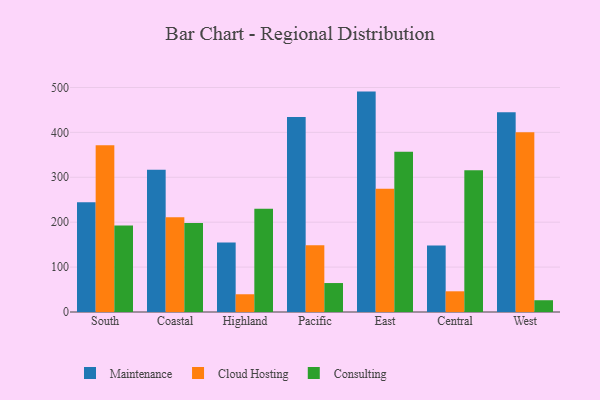
{"axis": {"x": "Region", "y": "Backlog"}, "legend": ["Cloud Hosting", "Consulting", "Maintenance"], "data": [{"x": "South", "y": 244.3, "type": "Maintenance"}, {"x": "South", "y": 371.5, "type": "Cloud Hosting"}, {"x": "South", "y": 192.6, "type": "Consulting"}, {"x": "Coastal", "y": 317.0, "type": "Maintenance"}, {"x": "Coastal", "y": 211.1, "type": "Cloud Hosting"}, {"x": "Coastal", "y": 198.1, "type": "Consulting"}, {"x": "Highland", "y": 154.8, "type": "Maintenance"}, {"x": "Highland", "y": 39.5, "type": "Cloud Hosting"}, {"x": "Highland", "y": 230.1, "type": "Consulting"}, {"x": "Pacific", "y": 434.5, "type": "Maintenance"}, {"x": "Pacific", "y": 148.9, "type": "Cloud Hosting"}, {"x": "Pacific", "y": 64.5, "type": "Consulting"}, {"x": "East", "y": 490.8, "type": "Maintenance"}, {"x": "East", "y": 274.2, "type": "Cloud Hosting"}, {"x": "East", "y": 357.1, "type": "Consulting"}, {"x": "Central", "y": 148.2, "type": "Maintenance"}, {"x": "Central", "y": 46.1, "type": "Cloud Hosting"}, {"x": "Central", "y": 315.5, "type": "Consulting"}, {"x": "West", "y": 445.0, "type": "Maintenance"}, {"x": "West", "y": 400.0, "type": "Cloud Hosting"}, {"x": "West", "y": 26.2, "type": "Consulting"}]}